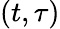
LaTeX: (t,\tau)